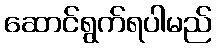
ဆောင်ရွက်ရပါမည်